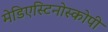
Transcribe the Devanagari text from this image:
मेडिएस्टिनोस्कोपी